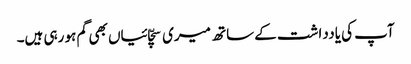
آپ کی یادداشت کے ساتھ میری سچّائیاں بھی گم ہو رہی ہیں۔